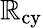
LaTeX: \mathbb{R}_{\mathrm{{cy}}}